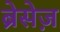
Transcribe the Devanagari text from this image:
ब्रेसेज़